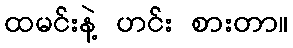
ထမင်းနဲ့ ဟင်း စားတာ။